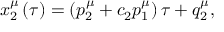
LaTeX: x _ { 2 } ^ { \mu } \left( \tau \right) = \left( p _ { 2 } ^ { \mu } + c _ { 2 } p _ { 1 } ^ { \mu } \right) \tau + q _ { 2 } ^ { \mu } ,